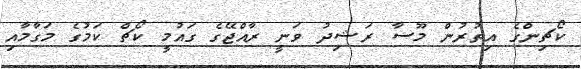
ކޯޗިންގެ އިތުރުން މޫސާ ރަޝިދު ވަނީ ރާއްޖޭގެ ގައުމީ ކޯޗް ކަމުގެ މަގާމާއި